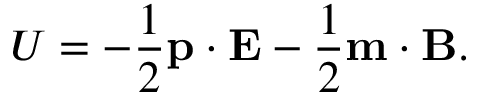
U = - \frac { 1 } { 2 } \mathbf p \cdot \mathbf E - \frac { 1 } { 2 } \mathbf m \cdot \mathbf B .